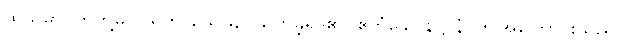
ထိုသမာပတ်တို့မှ။ ပရိဟာယေယျ၊ ယုတ်ခဲ့ရာ၏။ ဧတံခေါပနဋ္ဌာနံ၊ ဤအကြောင်းသည်။